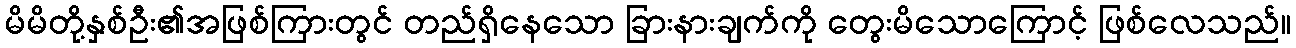
မိမိတို့နှစ်ဦး၏အဖြစ်ကြားတွင် တည်ရှိနေသော ခြားနားချက်ကို တွေးမိသောကြောင့် ဖြစ်လေသည်။